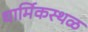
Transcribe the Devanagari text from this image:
धार्मिकस्थळ